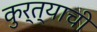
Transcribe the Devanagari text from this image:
कुर्त्याची